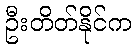
ဦးတိတ်နိုင်က